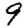
Digit: 9